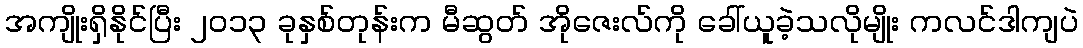
အကျိုးရှိနိုင်ပြီး ၂၀၁၃ ခုနှစ်တုန်းက မီဆွတ် အိုဇေးလ်ကို ခေါ်ယူခဲ့သလိုမျိုး ကလင်ဒါကျပဲ